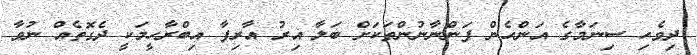
ދިވެހި ސިނަމާގެ އަންހެން ފަންނާނުންތަކަށް ބަލާ އިރު އާރިފާ އިބްރާހީމަކީ ދެގޮތެއް ނުވާ